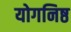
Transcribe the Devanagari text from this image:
योगनिष्ठ